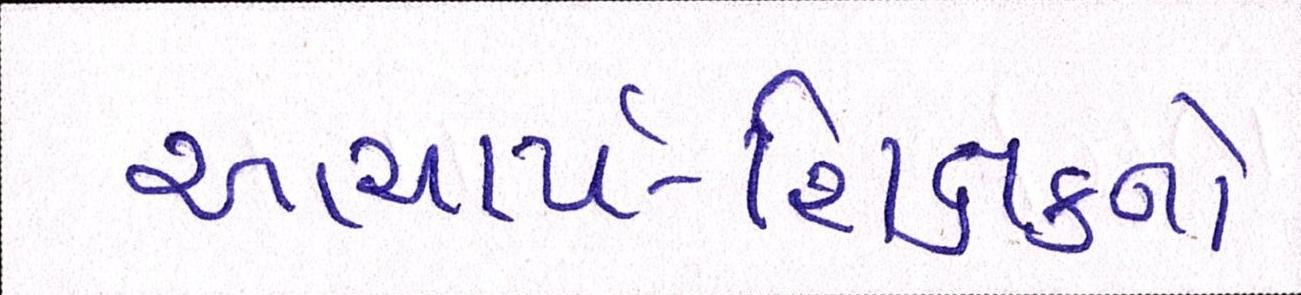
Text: આચાર્ય-શિક્ષકને